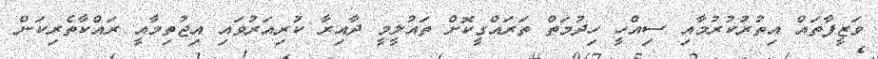
ވަޒީފާތައް އިތުރުކުރުމާއި ސިއްހީ ހިދުމަތް ތަރައްގީކޮށް ތައުލީމީ ދާއިރާ ކުރިއަރުވައި އިޖުތިމާއީ ރައްކާތެރިކަން